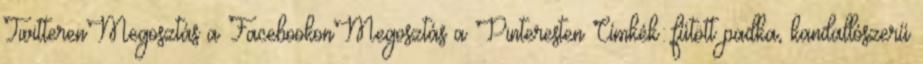
TwitterenMegosztás a FacebookonMegosztás a Pinteresten Címkék: fűtött padka, kandallószerű